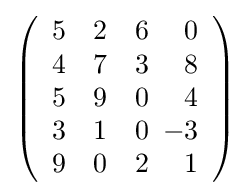
\left({\begin{array}{cccr}5&2&6&0\\4&7&3&8\\5&9&0&4\\3&1&0&\!\!\!-3\\9&0&2&1\end{array}}\right)